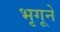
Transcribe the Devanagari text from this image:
भृगूने